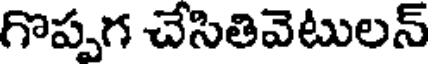
గొప్పగ చేసితివెటులన్